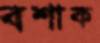
বশাক